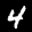
Label: 4